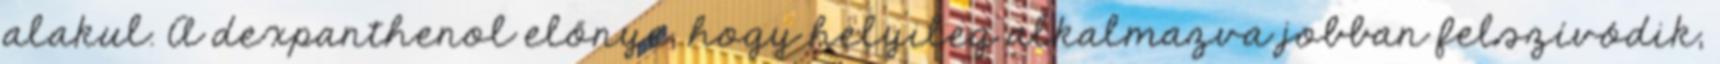
alakul. A dexpanthenol előnye, hogy helyileg alkalmazva jobban felszívódik,